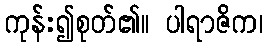
ကုန်း၍စုတ်၏။ ပါရာဇိက၊